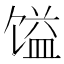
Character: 𲋫